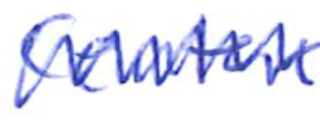
Text: Center
Cross-out: zig-zag
Writing tool: ballpoint